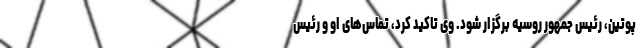
پوتین، رئیس جمهور روسیه برگزار شود. وی تاکید کرد، تماس‌های او و رئیس